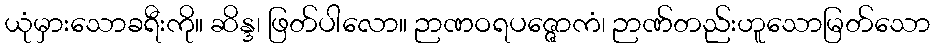
ယုံမှားသောခရီးကို။ ဆိန္ဒ၊ ဖြတ်ပါလော။ ဉာဏဝရပဇ္ဇောကံ၊ ဉာဏ်တည်းဟူသောမြတ်သော